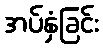
အပ်နှံခြင်း